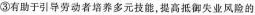
③有助于引导劳动者培养多元技能，提高抵御失业风险的